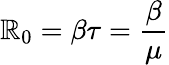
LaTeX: \mathbb{R}_{0}=\beta\tau={\frac{{\beta}}{{\mu}}}